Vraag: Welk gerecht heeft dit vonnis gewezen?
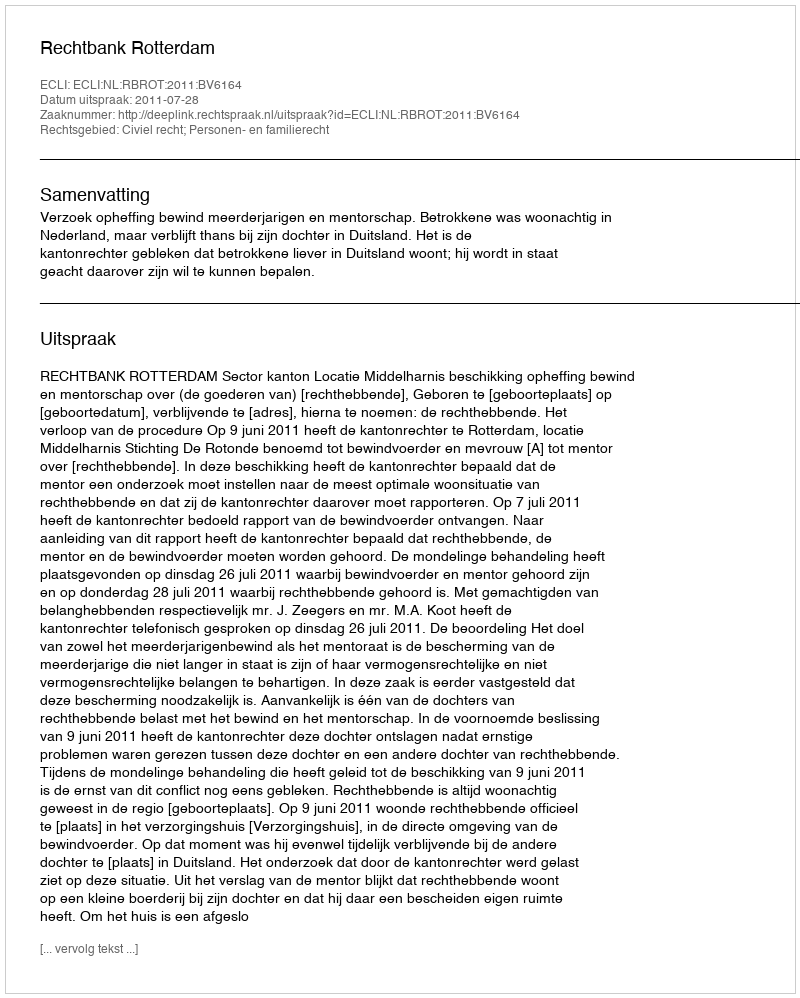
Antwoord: Rechtbank Rotterdam